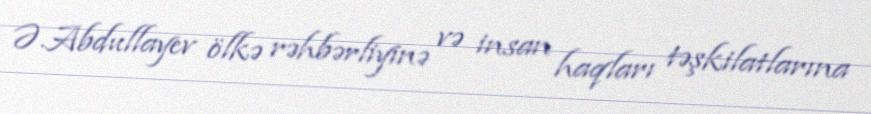
Ə.Abdullayev ölkə rəhbərliyinə və insan haqları təşkilatlarına